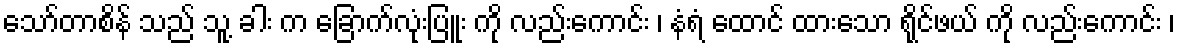
သော်တာစိန် သည် သူ့ ခါး က ခြောက်လုံးပြူး ကို လည်းကောင်း ၊ နံရံ ထောင် ထားသော ရိုင်ဖယ် ကို လည်းကောင်း ၊